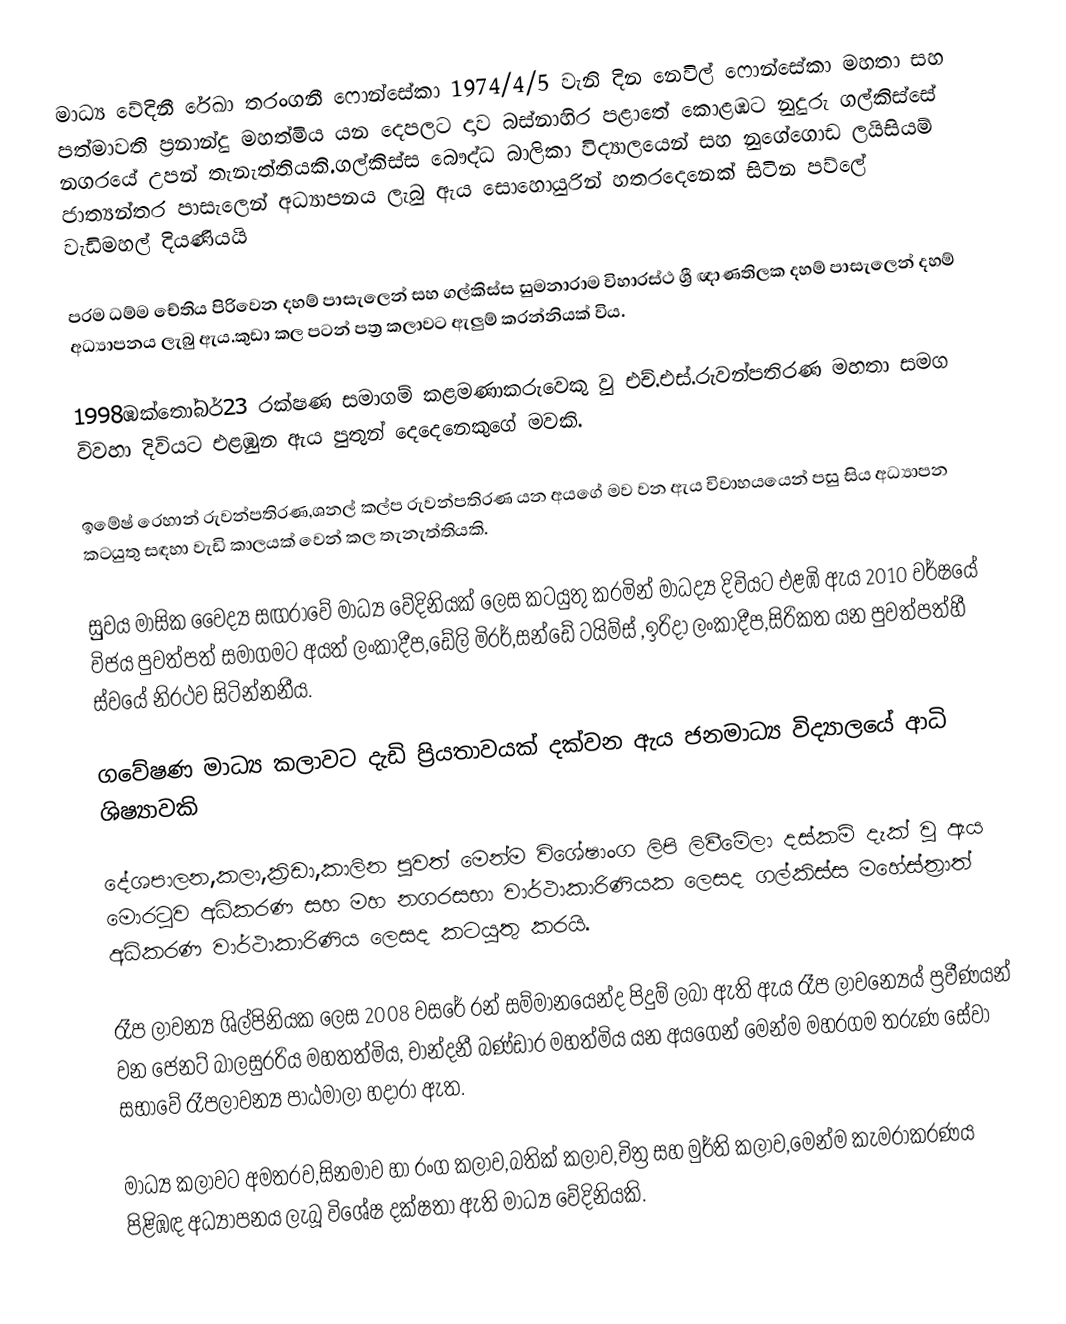
මාධ්‍ය වේදිනී රේඛා තරංගනී ෆොන්සේකා 1974/4/5 වැනි දින නෙවිල් ෆොන්සේකා මහතා සහ පත්මාවති ප්‍රනාන්දු මහත්මිය යන දෙපලට දාව බස්නාහිර පළාතේ කොළඹට නුදුරු ගල්කිස්සේ නගරයේ උපන් තැනැත්තියකි.ගල්කිස්ස බෞද්ධ බාලිකා විද්‍යාලයෙන් සහ නුගේගොඩ ලයිසියම් ජාත්‍යන්තර පාසැලෙන් අධ්‍යාපනය ලැබු ඇය සොහොයුරින් හතරදෙනෙක් සිටින පව්ලේ වැඩිමහල් දියණියයි

පරම ධම්ම චේතිය පිරිවෙන දහම් පාසැලෙන් සහ ගල්කිස්ස සුමනාරාම විහාරස්ථ ශ්‍රී ඥාණතිලක දහම් පාසැලෙන් දහම් අධ්‍යාපනය ලැබු ඇය.කුඩා කල පටන් පත්‍ර කලාවට ඇලුම් කරන්නියක් විය.

1998ඹක්තෝබර්23 රක්ෂණ සමාගම් කළමණාකරුවෙකු වු එච්.එස්.රුවන්පතිරණ මහතා සමග විවහා දිවියට එළඹුන ඇය පුතුන් දෙදෙනෙකුගේ මවකි.

ඉමේෂ් රෙහාන් රුවන්පතිරණ,ශනල් කල්ප රුවන්පතිරණ යන අයගේ මව වන ඇය විවාහයයෙන් පසු සිය අධ්‍යාපන කටයුතු සඳහා වැඩි කාලයක් වෙන් කල තැනැත්තියකි.

සුුවය මාසික වෛද්‍ය සඟරාවේ මාධ්‍ය වේදිනියක් ලෙස කටයුතු කරමින් මාධද්‍ය දිවියට එළඹි ඇය 2010 වර්ෂයේ විජය පුවත්පත් සමාගමට අයත් ලංකාදීප,ඩේලි මිරර්,සන්ඩේ ටයිම්ස් ,ඉරිදා ලංකාදීප,සිරිකත යන පුවත්පත්හී ස්වයේ නිරථව සිටින්නනීය.

ගවේෂණ මාධ්‍ය කලාවට දැඩි ප්‍රියතාවයක් දක්වන ඇය ජනමාධ්‍ය විද්‍යාලයේ ආධි ශිෂ්‍යාවකි

දේශපාලන,කලා,ක්‍රිඩා,කාලින පුවත් මෙන්ම විශේෂාංග ලිපි ලිවීමේලා දස්කම් දැක් වු ඇය මොරටුව අධිකරණ සහ මහ නගරසභා වාර්ථාකාරිණියක ලෙසද ගල්කිස්ස මහේස්ත්‍රාත් අධිකරණ වාර්ථාකාරිණිය ලෙසද කටයුතු කරයි.

රෑප ලාවන්‍ය ශිල්පිනියක ලෙස 2008  වසරේ රන් සම්මානයෙන්ද පිදුම් ලබා ඇති ඇය රෑප ලාවන්‍යෙය් ප්‍රවීණයන් වන  ජෙනට් බාලසුරරිය මහතත්මිය, චාන්දනී බණ්ඩාර මහත්මිය යන අයගෙන් මෙන්ම මහරගම තරුණ සේවා සභාවේ රෑපලාවන්‍ය පාඨමාලා හදාරා ඇත.

මාධ්‍ය කලාවට අමතරව,සිනමාව හා රංග කලාව,බතික් කලාව,චිත්‍ර සහ මුර්ති කලාව,මෙන්ම කැමරාකරණය පිළිඹඳ අධ්‍යාපනය ලැබූ  විශේෂ දක්ෂතා ඇති මාධ්‍ය වේදිනියකි.